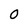
Character: 0